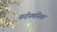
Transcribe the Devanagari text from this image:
मनोनमनियम